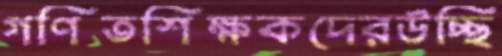
গণিতশিক্ষকদেরউচ্ছি